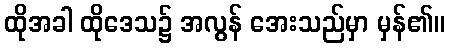
ထိုအခါ ထိုဒေသ၌ အလွန် အေးသည်မှာ မှန်၏။